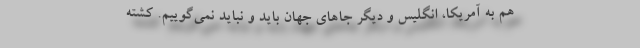
هم به آمریکا، انگلیس و دیگر جاهای جهان باید و نباید نمی‌گوییم. کشته